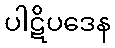
ပါဋိပဒေန